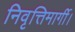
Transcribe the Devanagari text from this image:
निवृत्तिमार्गी।